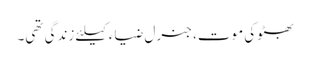
بھٹوکی موت، جنرل ضیاء کیلئے زندگی تھی۔